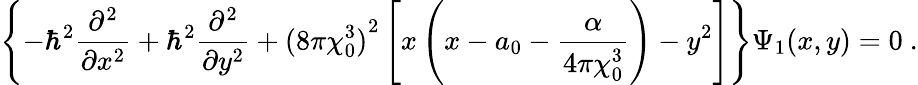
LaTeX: \left\{ -\hbar^{2}\frac{\partial^{2}}{\partial x^{2}}+\hbar^{2}\frac{\partial^{2}}{\partial y^{2}}+{(8\pi\chi_{0}^{3})}^{2}\left[x\left(x-a_{0}-\frac{\alpha}{4\pi\chi_{0}^{3}}\right)-y^{2}\right]\right\} \Psi_{1}(x,y)=0~.